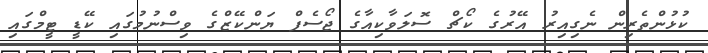
ކުޅުންތެރިން ނެގިއިރު އޭރުގެ ކޯޗް ސޮލަވާކިއާގެ ޖޯސެފް ޔަންކޭޒްގެ ވިސްނުމުގައި ކޭޑީ ޓީމްގައި